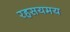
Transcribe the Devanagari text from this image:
रहसयमय